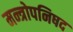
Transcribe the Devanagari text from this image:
मन्त्रोपनिषद